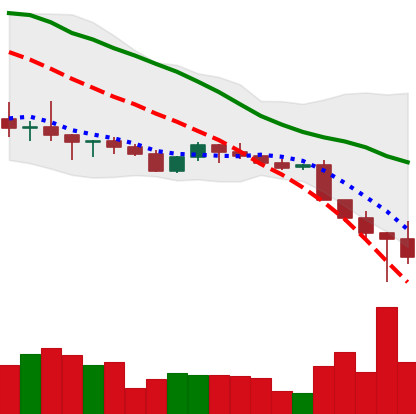
Ticker: ADA-USD
Chart end date: 2022-10-14
Forward return: -4.585%
Label: down_3_5